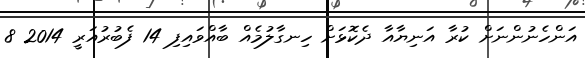
އަންހެނުންނަށް ކުރާ އަނިޔާއާ ދެކޮޅަށް ހިނގާލުމެއް ބާއްވައިފި 14 ފެބުރުއަރީ 2014 8